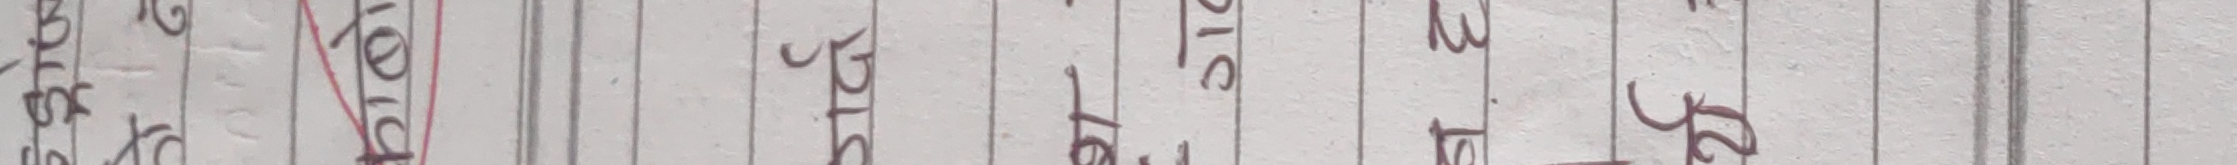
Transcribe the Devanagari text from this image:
केही चाहिएको छ आज मिति २६